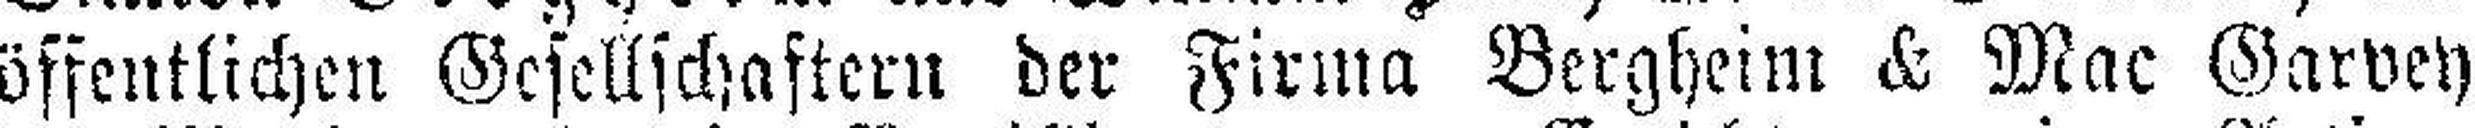
öffentlichen Gesellschaftern der Firma Bergheim & Mac Garvey